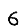
Digit: 6